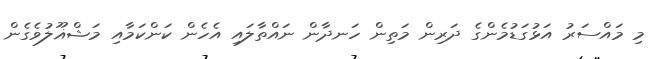
މި މައްސަރު އަޅުގަޑުމެންގެ ދަރިން މަތިން ހަނދާން ނައްތާލައި އެހެން ކަންކަމާއި މަޝްޣޫލުވެގެން